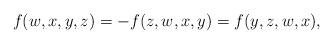
LaTeX: \begin{align*}f(w,x,y,z)=-f(z,w,x,y)=f(y,z,w,x),\end{align*}